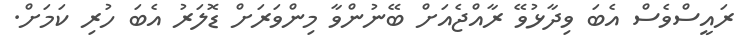
ރައީސްވެސް އެބަ ވިދާޅުވޭ ރާއްޖެއަށް ބޭނުންވާ މިންވަރަށް ޑޮލަރު އެބަ ހުރި ކަމަށް.